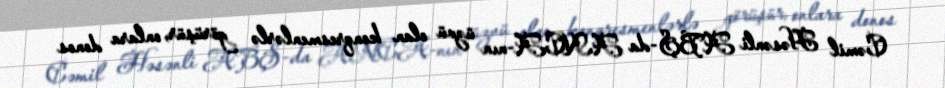
Cəmil Həsənli ABŞ-da ANCA-nın üzvü olan konqresmenlərlə görüşür, onlara donos